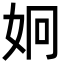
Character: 𭑳